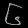
Digit: ၆